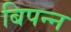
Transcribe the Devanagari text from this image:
बिपन्न